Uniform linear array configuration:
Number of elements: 16
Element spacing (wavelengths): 0.25
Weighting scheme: uniform
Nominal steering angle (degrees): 45
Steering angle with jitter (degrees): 45.943
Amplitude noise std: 0.05
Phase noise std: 0.05

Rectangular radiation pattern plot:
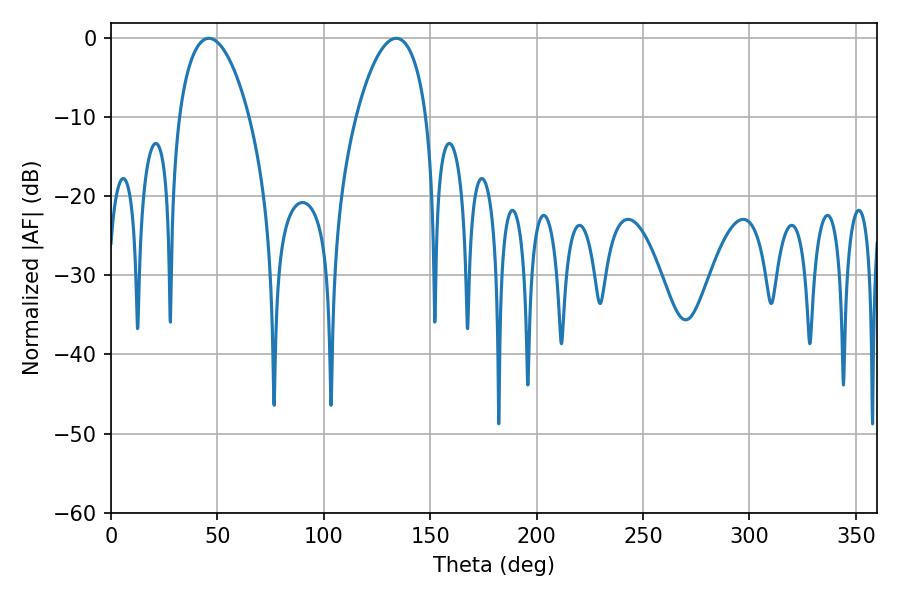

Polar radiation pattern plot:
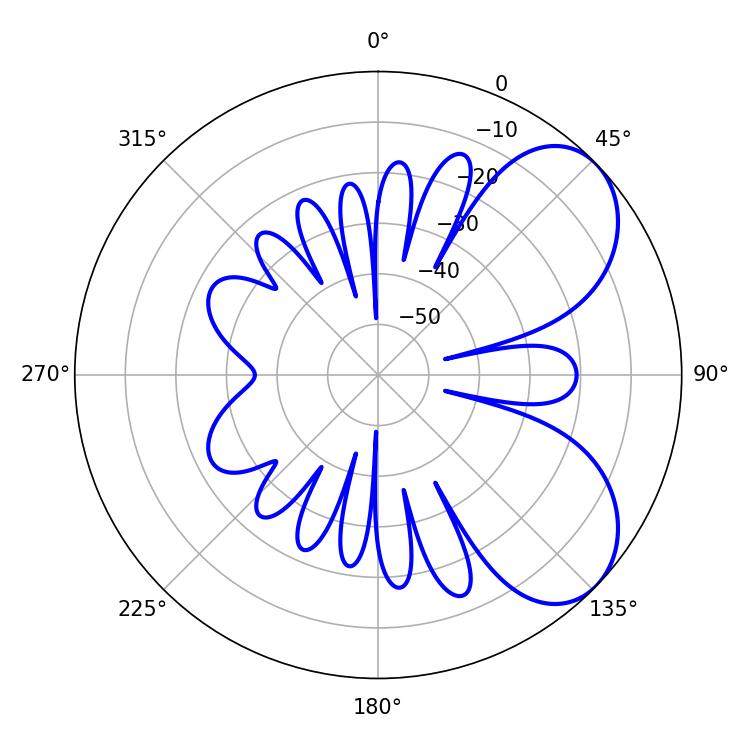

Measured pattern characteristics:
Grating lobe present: FALSE
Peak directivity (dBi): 6.017
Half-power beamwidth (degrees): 18.72
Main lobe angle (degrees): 45.9